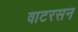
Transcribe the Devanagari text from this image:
वाटरसन